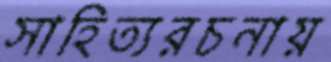
সাহিত্যরচনায়